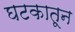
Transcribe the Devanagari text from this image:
घटकातून